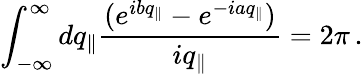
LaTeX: \int_{-\infty}^{\infty}dq_{\Vert}\frac{(e^{ibq_{\Vert}}-e^{-iaq_{\Vert}})}{iq_{\Vert}}=2\pi\, .